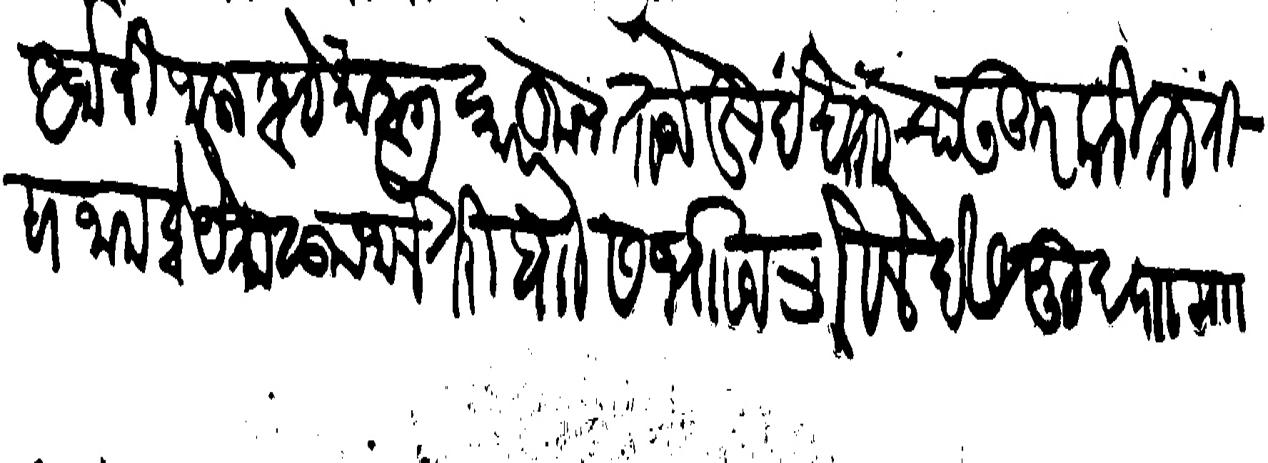
Transliteration (Devanagari): अर्जानी जाला आहे माहाली कारकून ताजे खुर्दखताचा उजूर करिताती सरजाम होये मालूम जाले तरी बा सभाजि भोसले देसमुख पाा माार